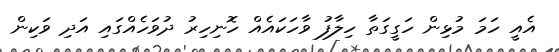
އެއީ ހަމަ މުޅިން ހަގީގަތާ ހިލާފު ވާހަކައެއް ހޮނިހިރު ދުވަހެއްގައި އަދި ވަކިން